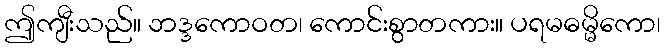
ဤကျီးသည်။ ဘဒ္ဒကောဝတ၊ ကောင်းစွာတကား။ ပရမဓမ္မိကော၊